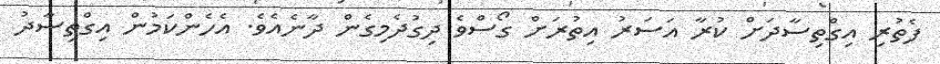
ފެތުރި އިގްތިސާދަށް ކުރާ އަސަރު އިތުރަށް ގޯސްވެ ދިގުދެމިގެން ދާނެއެވެ. އެހެންކަމުން އިގްތިސާދު